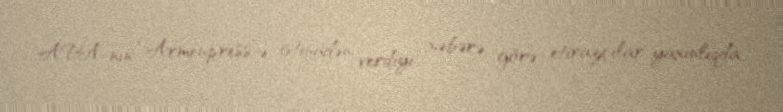
APA-nın “Armenpress”ə istinadən verdiyi xəbərə görə, etirazçılar yaxınlıqda